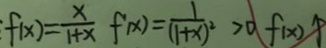
f ( x ) = \frac { x } { 1 + x } f ( x ) = \frac { 1 } { ( 1 + x ) ^ { 2 } } > 0 f ( x ) \uparrow